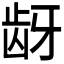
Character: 𬹺